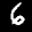
Label: 6